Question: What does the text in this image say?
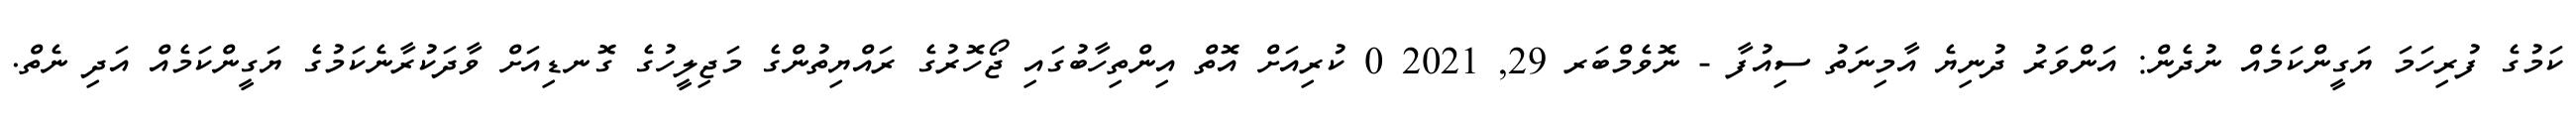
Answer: ކަމުގެ ފުރިހަމަ ޔަގީންކަމެއް ނުދެން: އަންވަރު ދުނިޔެ އާމިނަތު ސިއުފާ - ނޮވެމްބަރ 29, 2021 0 ކުރިއަށް އޮތް އިންތިހާބުގައި ޖޯހޮރުގެ ރައްޔިތުންގެ މަޖިލީހުގެ ގޮނޑިއަށް ވާދަކުރާނެކަމުގެ ޔަގީންކަމެއް އަދި ނެތް.